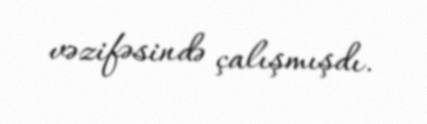
vəzifəsində çalışmışdı.